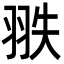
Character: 翐